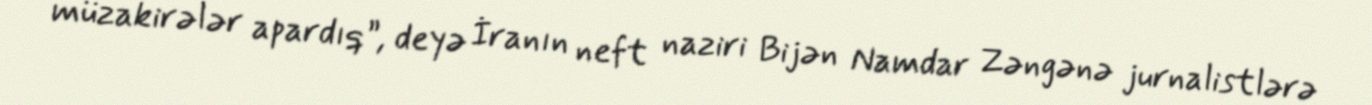
müzakirələr apardıq”, deyə İranın neft naziri Bijən Namdar Zəngənə jurnalistlərə